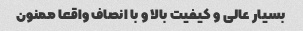
بسیار عالی و کیفیت بالا و با انصاف واقعا ممنون